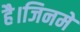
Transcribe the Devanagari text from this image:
है।जिनमे